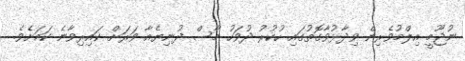
ނުޖޫމީ އިލްމުވެރިން ވިދާޅުވާގޮތުގައި ހުކުރު ދުވަހު މާސް ދުނިޔެއާ ވަރަށް ކައިރިވާނެ ކަމަށެވެ.